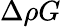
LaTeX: \Delta\rho G